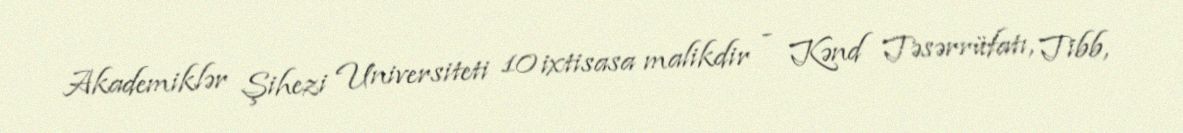
Akademiklər Şihezi Universiteti 10 ixtisasa malikdir - Kənd Təsərrüfatı, Tibb,